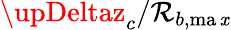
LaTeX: \upDeltaz_{c}/\mathcal{R}_{b,\operatorname*{ma\mathit{x}}}